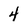
Character: 4